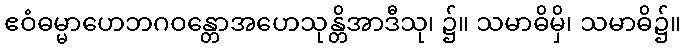
ဧဝံဓမ္မာဟေဘဂဝန္တောအဟေသုန္တိအာဒီသု၊ ၌။ သမာဓိမှိ၊ သမာဓိ၌။